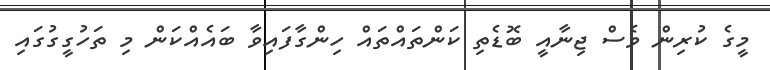
މީގެ ކުރިން ވެސް ޖިނާއީ ބޮޑެތި ކަންތައްތައް ހިންގާފައިވާ ބައެއްކަން މި ތަހުގީގުގައި